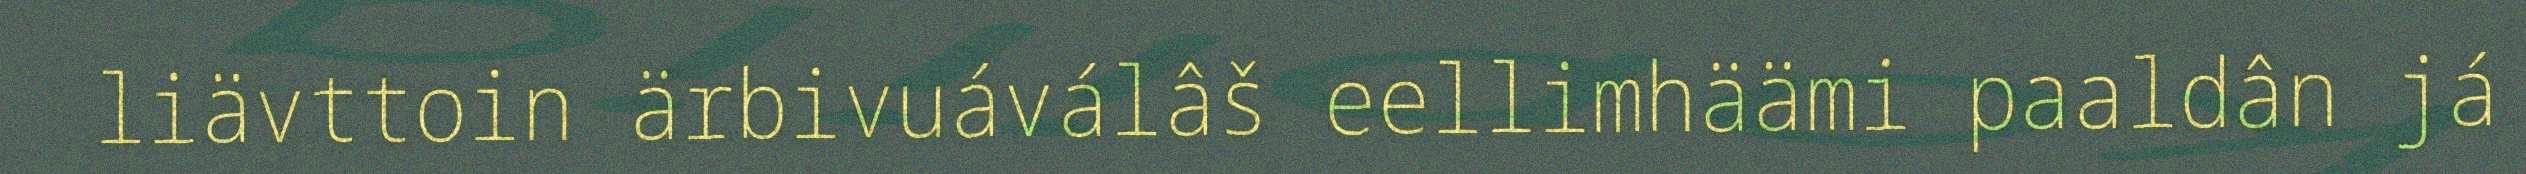
liävttoin ärbivuáválâš eellimhäämi paaldân já